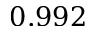
0 . 9 9 2